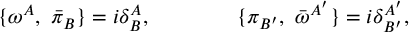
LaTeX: \{ \omega ^ { A } , \ { \bar { \pi } _ { B } } \} = i { \delta } _ { B } ^ { A } , \qquad \qquad \{ \pi _ { B ^ { \prime } } , \ { \bar { \omega } } ^ { A ^ { \prime } } \} = i { \delta } _ { B ^ { \prime } } ^ { A ^ { \prime } } ,